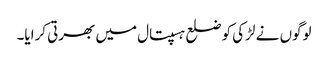
لوگوں نے لڑکی کو ضلع ہسپتال میں بھرتی کرایا۔